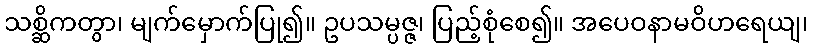
သစ္ဆိကတွာ၊ မျက်မှောက်ပြု၍။ ဥပသမ္ပဇ္ဇ၊ ပြည့်စုံစေ၍။ အပေဝနာမဝိဟရေယျ၊